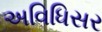
અવિધિસર